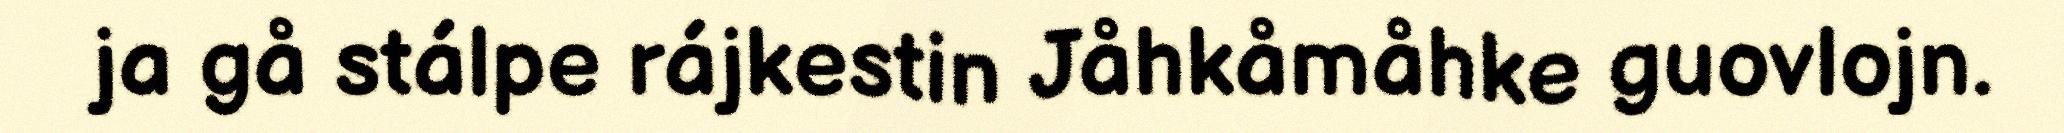
ja gå stálpe rájkestin Jåhkåmåhke guovlojn.